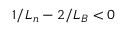
1 / L _ { n } - 2 / L _ { B } < 0